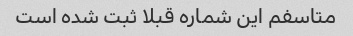
متاسفم این شماره قبلا ثبت شده است